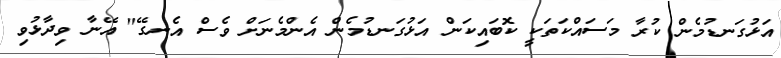
އަޅުގަނޑުމެން ކުރާ މަސައްކަތަކީ ކޮބައިކަން އަޅުގަނޑުމެން އެންމެނަށް ވެސް އެނގޭ" އޭނާ ވިދާޅުވި